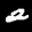
Label: 2